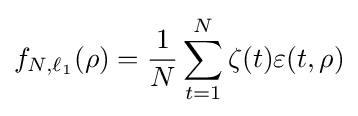
f_{N,\ell _{1}}(\rho )={\frac {1}{N}}\sum _{t=1}^{N}\zeta (t)\varepsilon (t,\rho )